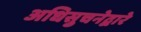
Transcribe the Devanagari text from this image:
अधिसुचनेद्वारे